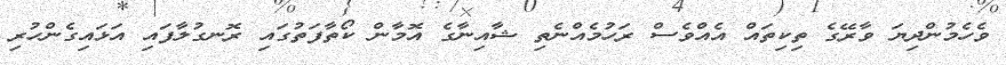
ވެހެމުންދިޔަ ވާރޭގެ ތިކިތައް އެއްވެސް ރަހުމެއްނެތި ޝާއިނާގެ އޮމާން ކޯތާފަތުގައި ރޮނގުލާފައި އަޅައިގެންހުރި